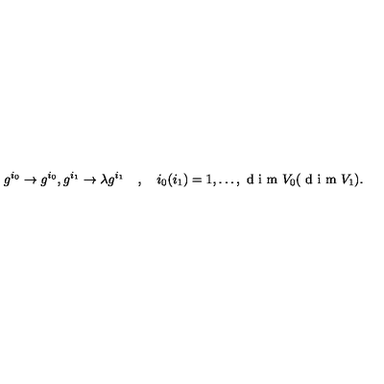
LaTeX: g ^ { i _ { 0 } } \rightarrow g ^ { i _ { 0 } } , g ^ { i _ { 1 } } \rightarrow \lambda g ^ { i _ { 1 } } \quad , \quad i _ { 0 } ( i _ { 1 } ) = 1 , \ldots , \textrm { d i m } V _ { 0 } ( \textrm { d i m } V _ { 1 } ) .